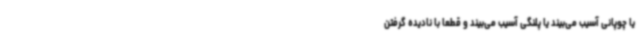
یا چوپانی آسیب می‌بیند یا پلنگی آسیب می‌بیند و قطعا با نادیده گرفتن